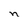
Character: n